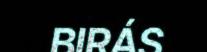
BIRÁS